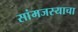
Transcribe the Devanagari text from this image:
सांमजस्याचा